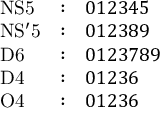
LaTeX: \begin{array} { l c l } { { \mathrm { N S 5 } } } & { { : } } & { { 0 1 2 3 4 5 } } \\ { { \mathrm { N S ^ { \prime } 5 } } } & { { : } } & { { 0 1 2 3 8 9 } } \\ { { \mathrm { D 6 } } } & { { : } } & { { 0 1 2 3 7 8 9 } } \\ { { \mathrm { D 4 } } } & { { : } } & { { 0 1 2 3 6 } } \\ { { \mathrm { O 4 } } } & { { : } } & { { 0 1 2 3 6 } } \end{array}